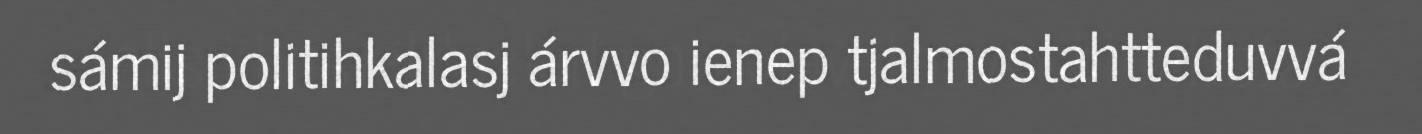
sámij politihkalasj árvvo ienep tjalmostahtteduvvá